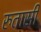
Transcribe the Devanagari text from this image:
रुतासी